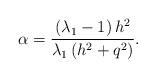
LaTeX: \begin{align*} \alpha = \frac{\left( \lambda_1 - 1 \right)h^2}{\lambda_1\left( h^2 + q^2 \right)}. \end{align*}